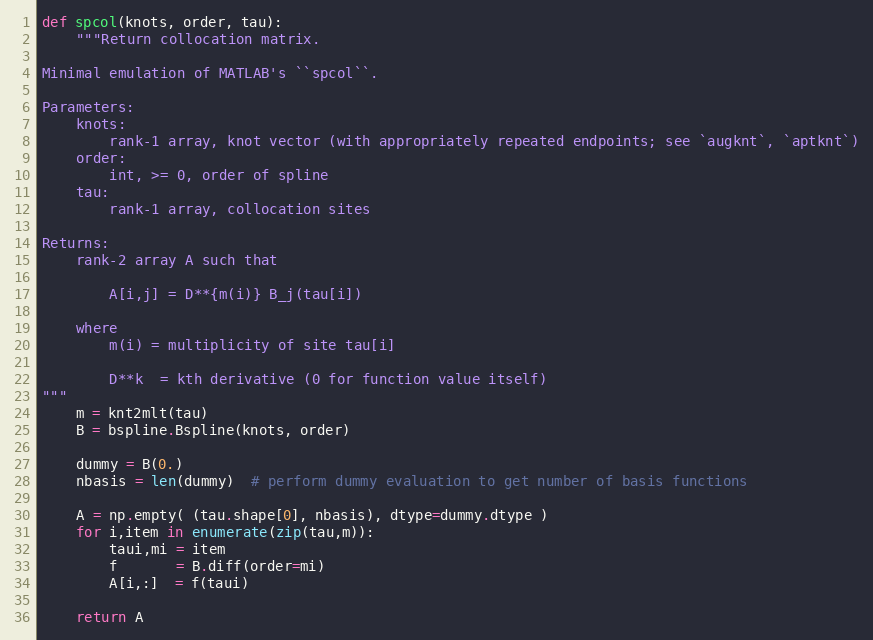
Language: Python
def spcol(knots, order, tau):
    """Return collocation matrix.

Minimal emulation of MATLAB's ``spcol``.

Parameters:
    knots:
        rank-1 array, knot vector (with appropriately repeated endpoints; see `augknt`, `aptknt`)
    order:
        int, >= 0, order of spline
    tau:
        rank-1 array, collocation sites

Returns:
    rank-2 array A such that

        A[i,j] = D**{m(i)} B_j(tau[i])

    where
        m(i) = multiplicity of site tau[i]

        D**k  = kth derivative (0 for function value itself)
"""
    m = knt2mlt(tau)
    B = bspline.Bspline(knots, order)

    dummy = B(0.)
    nbasis = len(dummy)  # perform dummy evaluation to get number of basis functions

    A = np.empty( (tau.shape[0], nbasis), dtype=dummy.dtype )
    for i,item in enumerate(zip(tau,m)):
        taui,mi = item
        f       = B.diff(order=mi)
        A[i,:]  = f(taui)

    return A